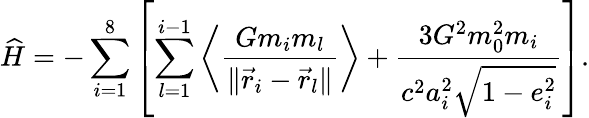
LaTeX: \widehat{H}=-\sum_{i=1}^{8}\left[\sum_{l=1}^{i-1}\left<\frac{Gm_{i}m_{l}}{\| \vec{r}_{i}-\vec{r}_{l}\| }\right>+\frac{3G^{2}m_{0}^{2}m_{i}}{c^{2}a_{i}^{2}\sqrt{1-e_{i}^{2}}}\right].